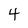
Character: 4